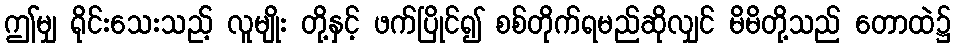
ဤမျှ ရိုင်းသေးသည့် လူမျိုး တို့နှင့် ဖက်ပြိုင်၍ စစ်တိုက်ရမည်ဆိုလျှင် မိမိတို့သည် တောထဲ၌